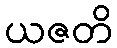
ယဇတိ